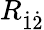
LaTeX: R_{\dot{1}\dot{2}}